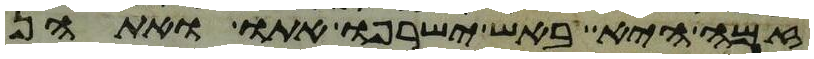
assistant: זמה היא באש ישרפו אתו ואתהן